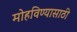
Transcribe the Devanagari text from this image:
मोहविण्यासाठी